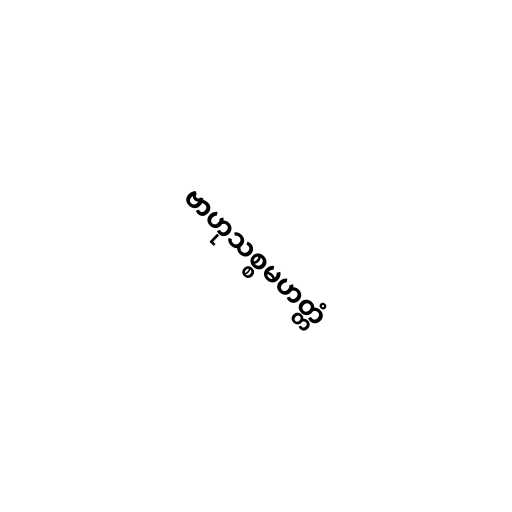
ဗာဟုသစ္စမဟတ္တံ